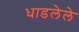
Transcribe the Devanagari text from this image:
धाडलेले